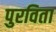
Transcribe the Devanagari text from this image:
पुरविता